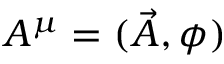
A ^ { \mu } = ( { \vec { A } } , \phi )